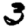
Digit: 3